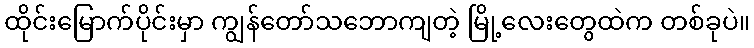
ထိုင်းမြောက်ပိုင်းမှာ ကျွန်တော်သဘောကျတဲ့ မြို့လေးတွေထဲက တစ်ခုပဲ။